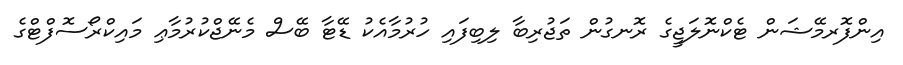
އިންފޮރމޭޝަން ޓެކްނޮލަޖީގެ ރޮނގުން ތަޖުރިބާ ލިބިފައި ހުރުމާއެކު ޑޭޓާ ބޭސް މެނޭޖްކުރުމާޢި މައިކްރޯސޮފްޓްގެ